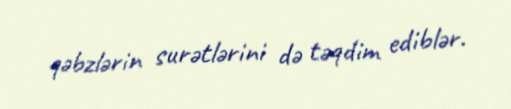
qəbzlərin surətlərini də təqdim ediblər.